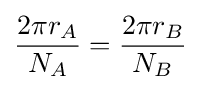
{\frac {2\pi r_{A}}{N_{A}}}={\frac {2\pi r_{B}}{N_{B}}}